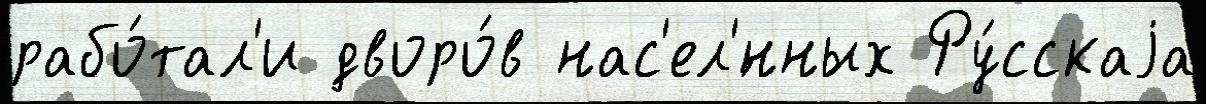
рабо́тал'и дворо́в нас'ел'́нных Ру́сскаjа